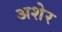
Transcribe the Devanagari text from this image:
अशेर